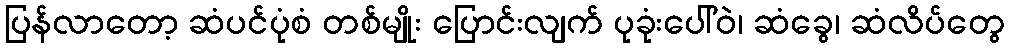
ပြန်လာတော့ ဆံပင်ပုံစံ တစ်မျိုး ပြောင်းလျက် ပုခုံးပေါ်ဝဲ၊ ဆံခွေ၊ ဆံလိပ်တွေ